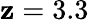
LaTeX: \mathbf{z}=3.3